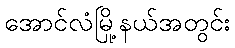
အောင်လံမြို့နယ်အတွင်း